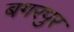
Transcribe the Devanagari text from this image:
बगरपुर